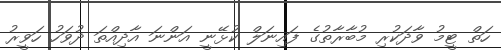
ހަތް ޓީމު ވާދަކުރި މުބާރާތުގެ ފައިނަލް ކުޅޭނީ އަންނަ އާދިއްތަ ދުވަހު ހަވީރު